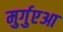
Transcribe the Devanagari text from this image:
मुर्गुएआ